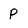
Character: p